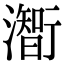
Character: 𤁰